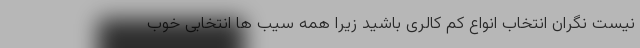
نیست نگران انتخاب انواع کم کالری باشید زیرا همه سیب ها انتخابی خوب